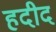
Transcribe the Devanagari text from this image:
हदीद